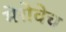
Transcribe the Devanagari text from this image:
मेरोवेच